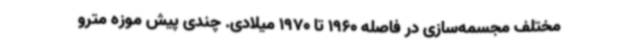
مختلف مجسمه‌سازی در فاصله 1960 تا 1970 میلادی. چندی پیش موزه مترو